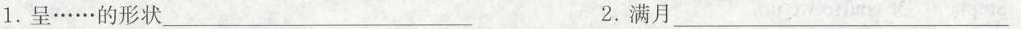
1.呈……的形状\underline2.满月\underline